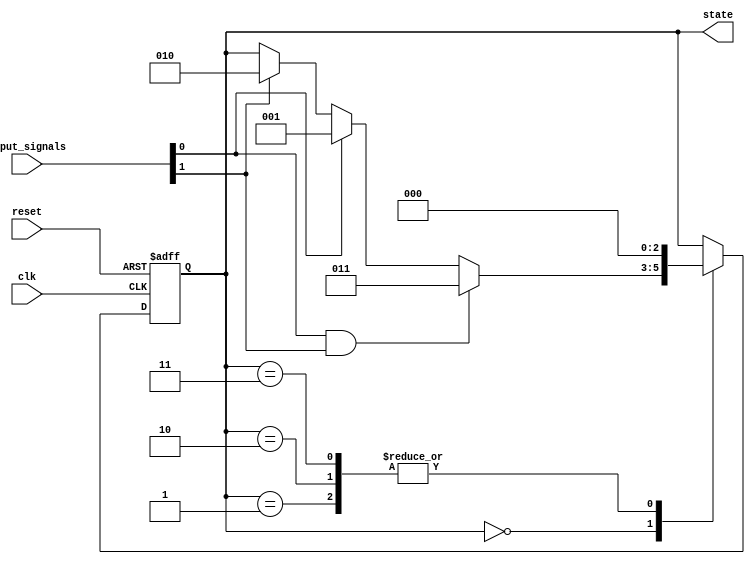
module seq_logic_priority_encoding (
    input [7:0] input_signals,
    input clk,
    input reset,
    output reg [2:0] state
);

// State encoding
parameter STATE_A = 3'b000;
parameter STATE_B = 3'b001;
parameter STATE_C = 3'b010;
parameter STATE_D = 3'b011;

// State registers
always @(posedge clk or posedge reset)
begin
    if (reset)
        state <= STATE_A;
    else
        case (state)
            STATE_A: begin
                if (input_signals[0] && input_signals[1])
                    state <= STATE_D;
                else if (input_signals[0])
                    state <= STATE_B;
                else if (input_signals[1])
                    state <= STATE_C;
            end
            STATE_B: begin
                state <= STATE_A;
            end
            STATE_C: begin
                state <= STATE_A;
            end
            STATE_D: begin
                state <= STATE_A;
            end
        endcase
end

// Output logic
always @(*)
begin
    case (state)
        STATE_A: begin
            // Output logic for STATE_A
        end
        STATE_B: begin
           // Output logic for STATE_B
        end
        STATE_C: begin
           // Output logic for STATE_C
        end
        STATE_D: begin
           // Output logic for STATE_D
        end
    endcase
end

endmodule